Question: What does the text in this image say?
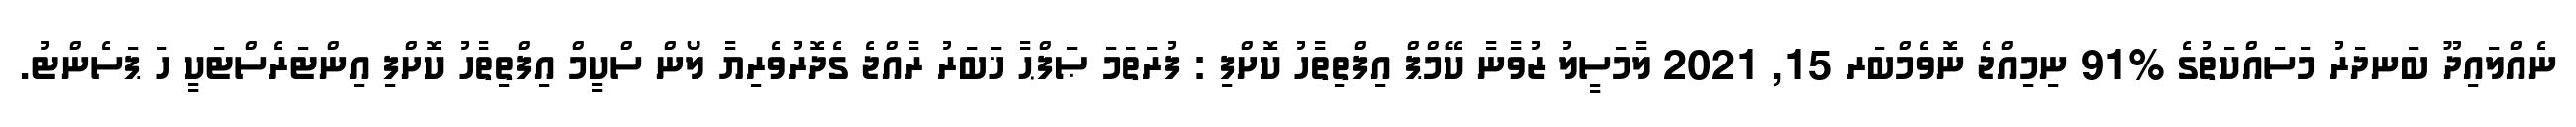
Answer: ނެއްލައިދޫ ބަނދަރު މަސައްކަތުގެ %91 ނިމިއްޖެ ނޮވެމްބަރ 15, 2021 ލާމަސީލު ޒުވާނާ ކޭމްޕް އިފްތިތާހު ކޮށްފި : ފުރަތަމަ ޞަފްޙާ ޚަބަރު ރާއްޖެ ގެދޮރުވެރިޔާ ލޯން ސްކީމް އިފްތިތާހު ކޮށްފި އިންޓަރެސްޓަކީ ހަ ޕަސެންޓު.